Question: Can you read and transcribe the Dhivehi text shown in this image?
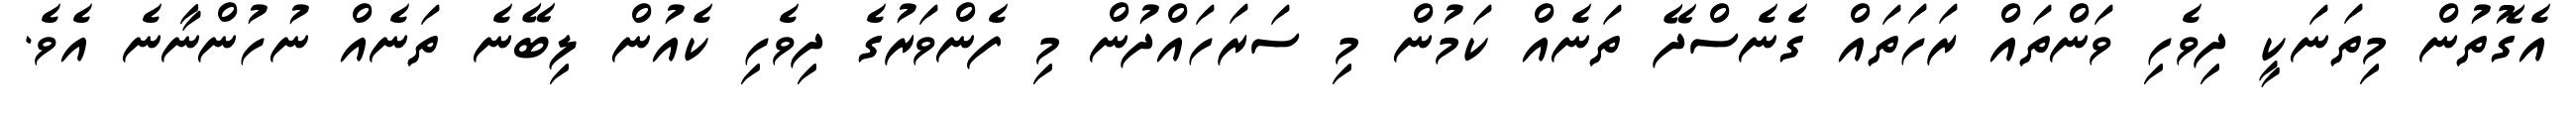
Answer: އެގޮތުން މިތަނަކީ ދިވެހި ވަންތައް ރަހަތައް ގެނެސްދޭ ތަނެއް ކަމުން މި ސަރަހައްދުން މި ފެންވަރުގެ ދިވެހި ކެއުން ލިބޭނެ ތަނެއް ނުހުންނާނެ އެވެ.